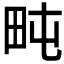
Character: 𱰧